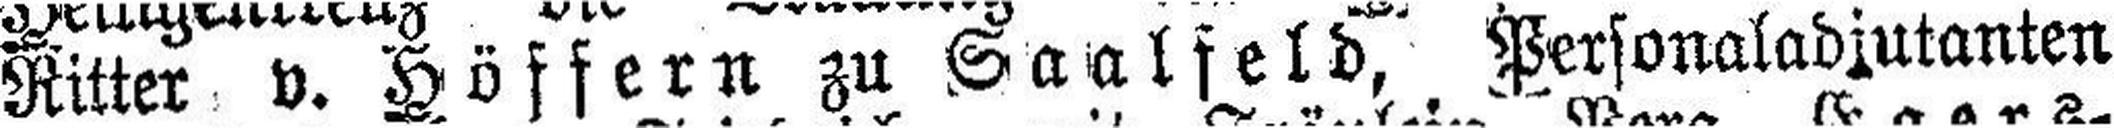
Ritter v. Höffern zu Saalfeld, Personaladjutanten